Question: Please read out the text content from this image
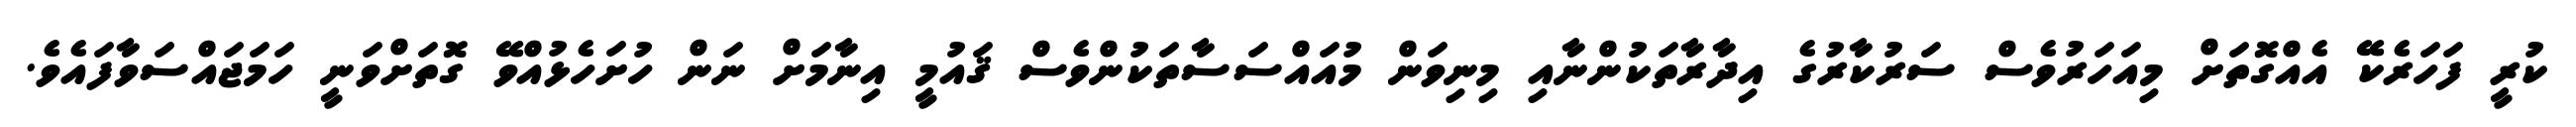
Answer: ކުރީ ފަހަރެކޭ އެއްގޮތަށް މިއަހަރުވެސް ސަރުކާރުގެ އިދާރާތަކުންނާއި މިނިވަން މުއައްސަސާތަކުންވެސް ޤައުމީ އިނާމަށް ނަން ހުށަހެޅުއްވޭ ގޮތަށްވަނީ ހަމަޖައްސަވާފައެވެ.